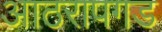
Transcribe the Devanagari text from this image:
आठरापगड